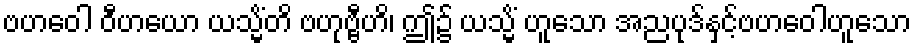
ဗဟဝေါ ဝီဟယော ယသ္မိံတိ ဗဟုဗ္ဗီဟိ၊ ဤ၌ ယသ္မိံ ဟူသော အညပုဒ်နှင့်ဗဟဝေါဟူသော